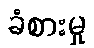
ခံစားမှု